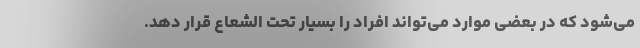
می‌شود که در بعضی موارد می‌تواند افراد را بسیار تحت الشعاع قرار دهد.